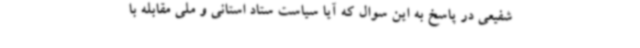
شفیعی در پاسخ به این سوال که آیا سیاست ستاد استانی و ملی مقابله با